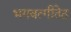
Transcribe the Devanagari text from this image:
भगवत्गीतेत